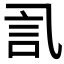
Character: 𰴧